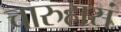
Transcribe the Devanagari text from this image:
चारुहासं